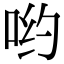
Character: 哟